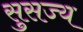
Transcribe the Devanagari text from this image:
सुसज्य